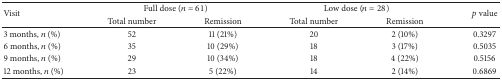
| <ROWSPAN=2> Visit | <COLSPAN=2> Full dose (n = 61) | <COLSPAN=2> Low dose (n = 28) | <ROWSPAN=2> p value |
 | Total number | Remission | Total number | Remission |
 | --- | --- | --- | --- | --- | --- |
 | 3 months, n (%) | 52 | 11 (21%) | 20 | 2 (10%) | 0.3297 |
 | 6 months, n (%) | 35 | 10 (29%) | 18 | 3 (17%) | 0.5035 |
 | 9 months, n (%) | 29 | 10 (34%) | 18 | 4 (22%) | 0.5156 |
 | 12 months, n (%) | 23 | 5 (22%) | 14 | 2 (14%) | 0.6869 |